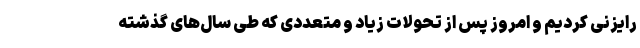
رایزنی کردیم و امروز پس از تحولات زیاد و متعددی که طی سال‌های گذشته